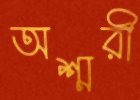
অশ্মরী